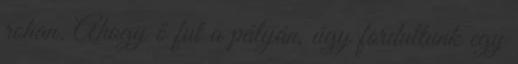
rohan. Ahogy ő fut a pályán, úgy fordultunk egy